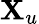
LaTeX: \mathbf{X}_{u}